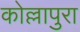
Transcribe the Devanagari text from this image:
कोल्लापुरा